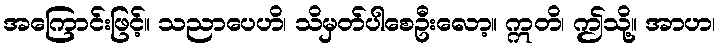
အကြောင်းဖြင့်။ သညာပေဟိ၊ သိမှတ်ပါစေဦးလော့။ ဣတိ၊ ဤသို့။ အာဟ၊